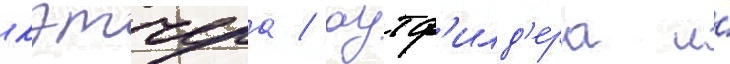
кэтчера / аутф'илд'ера и́